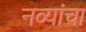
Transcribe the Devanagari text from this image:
नव्यांचा